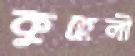
কুহেলী